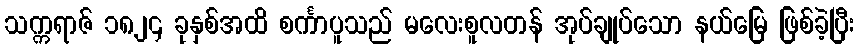
သက္ကရာဇ် ၁၈၂၄ ခုနှစ်အထိ စင်္ကာပူသည် မလေးစူလတန် အုပ်ချုပ်သော နယ်မြေ ဖြစ်ခဲ့ပြီး